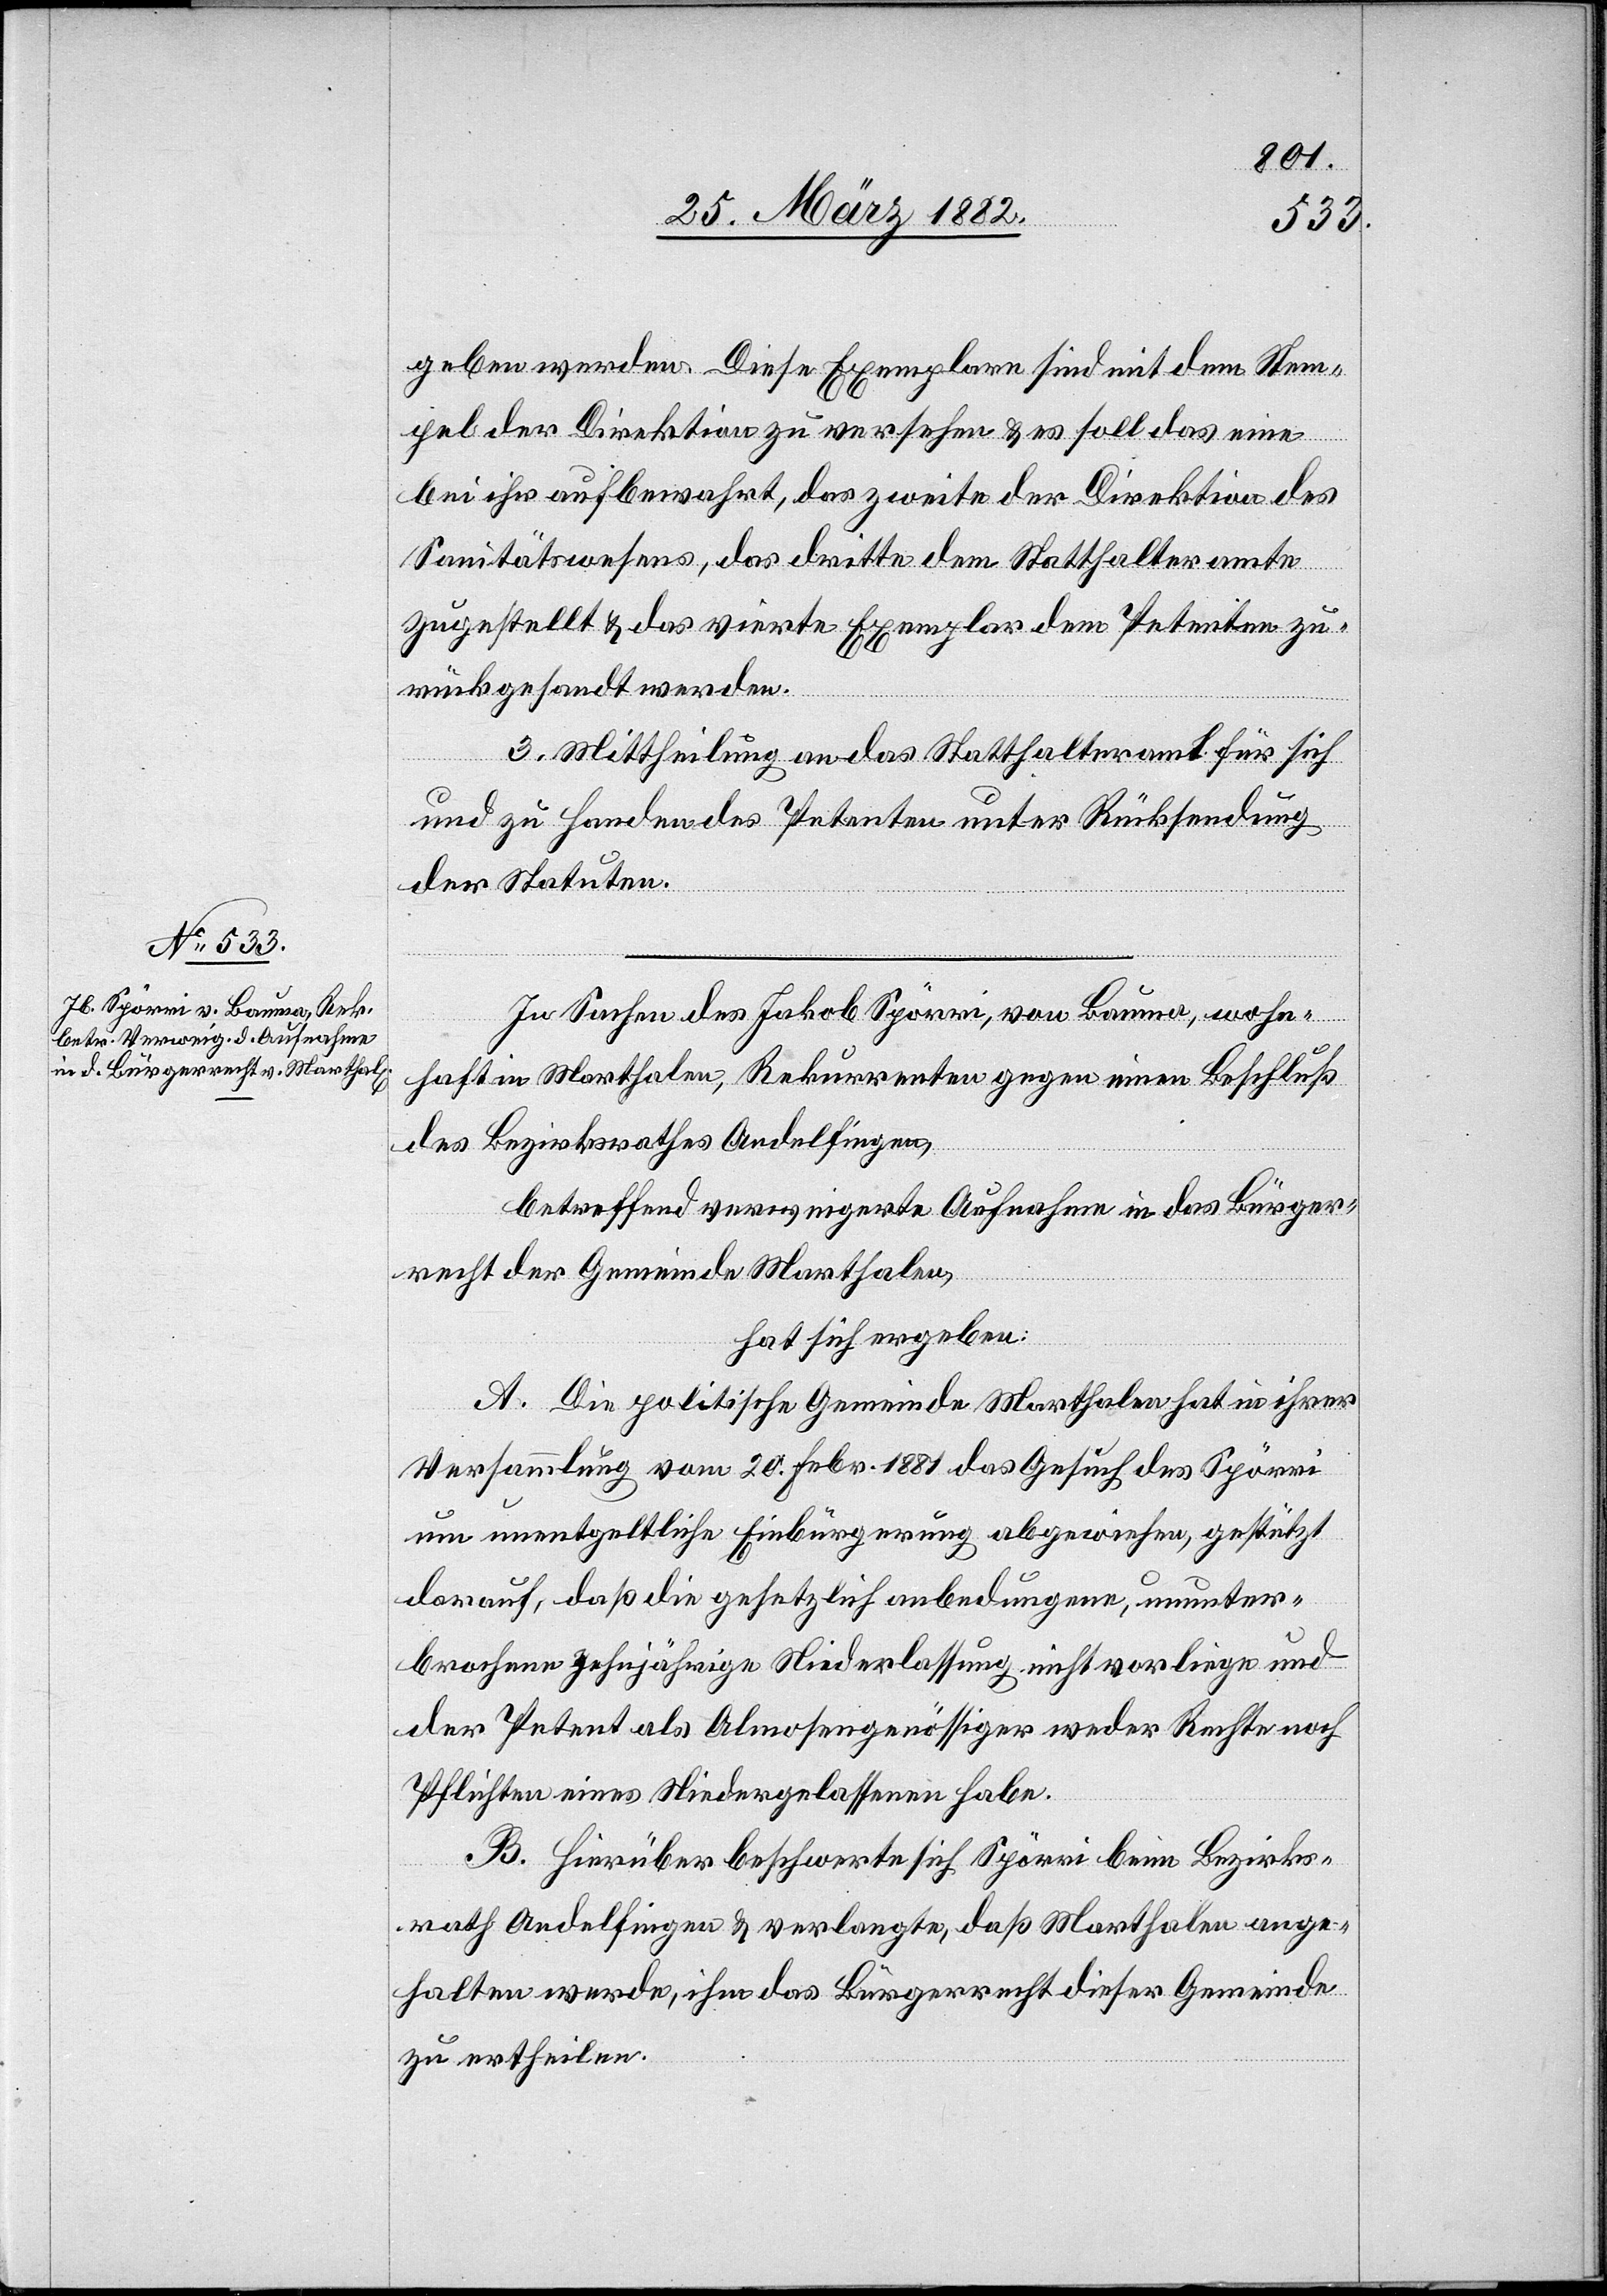
geben werden. Diese Exemplare sind mit dem Stem¬
pel der Direktion zu versehen & es soll das eine
bei ihr aufbewahrt, das zweite der Direktion des
Sanitätswesens, das dritte dem Statthalteramte
zugestellt & das vierte Exemplar dem Petenten zu¬
rückgesandt werden.
3. Mittheilung an das Statthalteramt für sich
und zu Handen des Petenten unter Rücksendung
der Statuten.